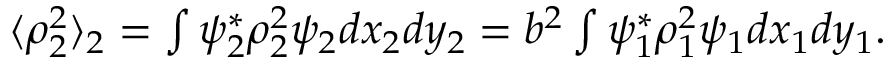
\begin{array} { r } { \langle \rho _ { 2 } ^ { 2 } \rangle _ { 2 } = \int \psi _ { 2 } ^ { * } \rho _ { 2 } ^ { 2 } \psi _ { 2 } d x _ { 2 } d y _ { 2 } = b ^ { 2 } \int \psi _ { 1 } ^ { * } \rho _ { 1 } ^ { 2 } \psi _ { 1 } d x _ { 1 } d y _ { 1 } . } \end{array}